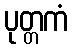
ပုတ္တကံ